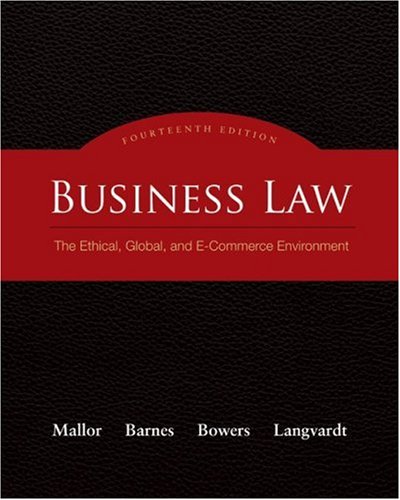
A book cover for Business Law: The Ethical, Global, and E-Commerce Environment; Jane Mallor; Computers & Technology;